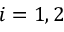
i = 1 , 2